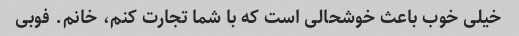
خیلی خوب باعث خوشحالی است که با شما تجارت کنم، خانم. فوبی